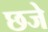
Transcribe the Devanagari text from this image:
छजे